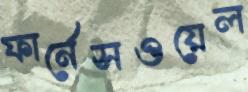
ফার্নেসওয়েল